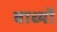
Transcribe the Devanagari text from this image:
वाध्यों